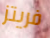
فريتز